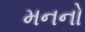
મનનો